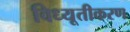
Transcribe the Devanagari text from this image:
विध्यूतीकरण